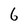
Character: 6